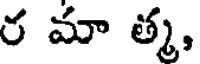
ర మా త్మ,